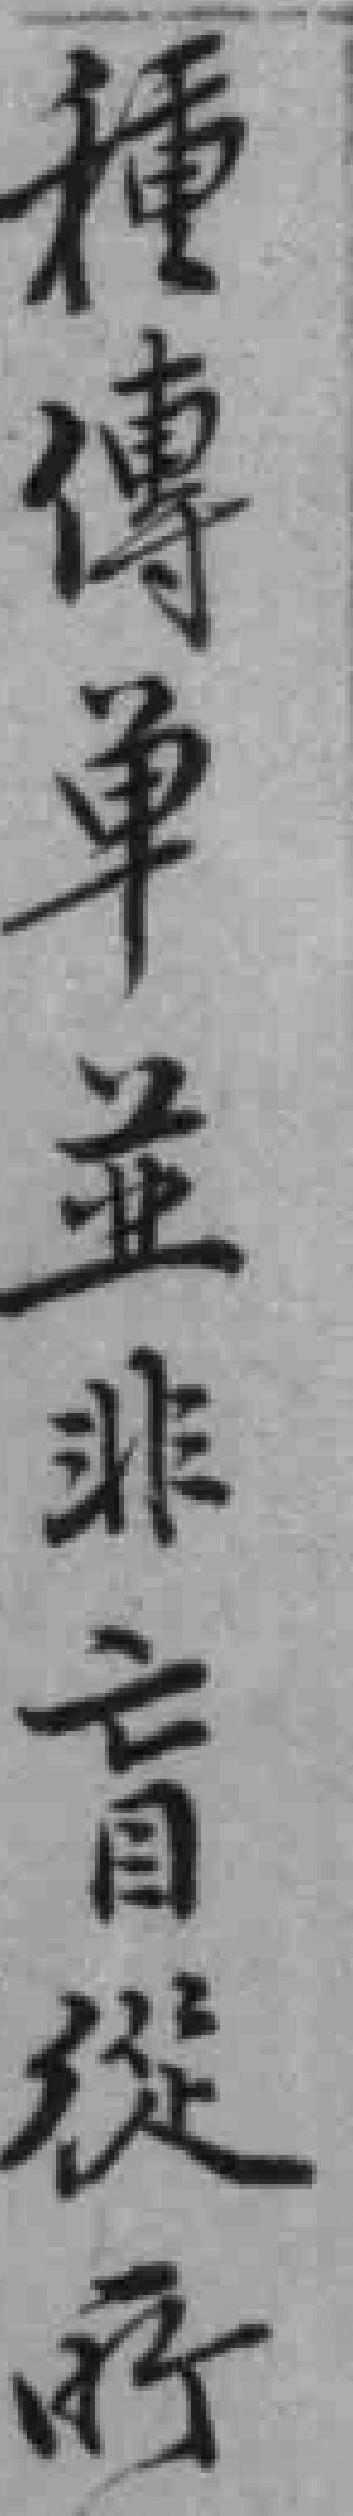
種傳单並非盲從所